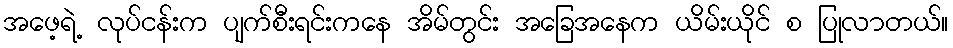
အဖေ့ရဲ့ လုပ်ငန်းက ပျက်စီးရင်းကနေ အိမ်တွင်း အခြေအနေက ယိမ်းယိုင် စ ပြုလာတယ်။